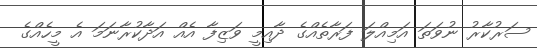
ސަރުކާރު ނުވަތަ އަމިއްލަ ފަރާތެއްގެ ދާއިމީ ވަޒިފާ އެއް އަދާކުރާނަމަ އެ މީހެއްގެ